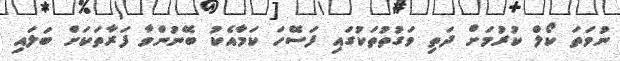
ނުވަތަ ކޯލް ކުރުމަށް ދަތި ވަގުތުތަކުގައި ފަސޭހަ ކަމާއެކު ބޭނުންވާ ފަރާތަކަށް ބަލައި